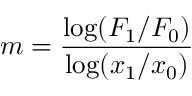
m = { \frac { \log ( F _ { 1 } / F _ { 0 } ) } { \log ( x _ { 1 } / x _ { 0 } ) } }